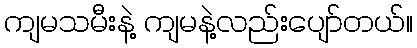
ကျမသမီးနဲ့ ကျမနဲ့လည်းပျော်တယ်။